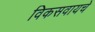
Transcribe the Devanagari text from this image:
विकसवायचे